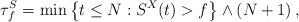
LaTeX: \begin{align*}\tau_{f}^{S}=\min\left\{ t\le N:S^X(t)>f\right\} \land\left(N+1\right),\end{align*}